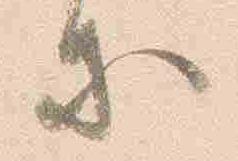
等